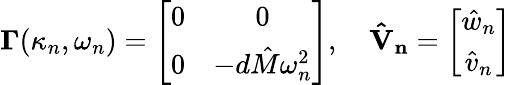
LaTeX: \boldsymbol{\Gamma}(\kappa_{n},\omega_{n})=\left[\begin{array}{cc}{{0}}&{{0}}\\ {{0}}&{{-d\hat{M}\omega_{n}^{2}}}\end{array}\right],\quad\mathbf{\hat{V}_{n}}=\left[\begin{array}{cc}{\hat{w}_{n}}\\ {\hat{v}_{n}}\end{array}\right]